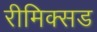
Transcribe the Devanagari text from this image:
रीमिक्सड